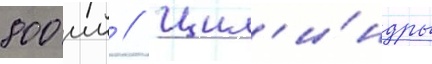
800 мм // Цил'и́ндры